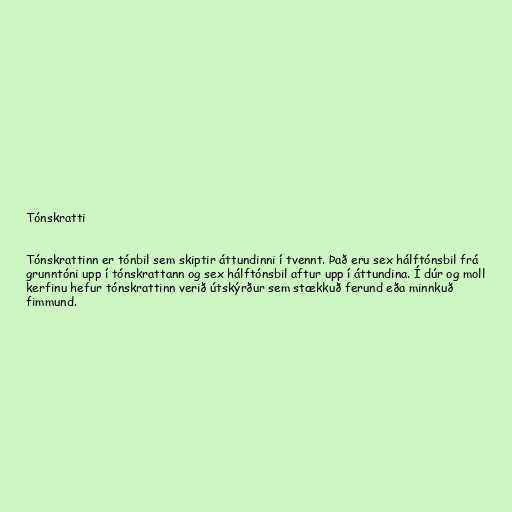
Tónskratti

Tónskrattinn er tónbil sem skiptir áttundinni í tvennt. Það eru sex hálftónsbil frá
grunntóni upp í tónskrattann og sex hálftónsbil aftur upp í áttundina. Í dúr og moll
kerfinu hefur tónskrattinn verið útskýrður sem stækkuð ferund eða minnkuð
fimmund.